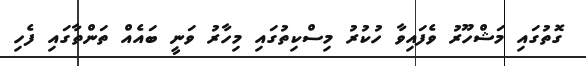
ގޮތުގައި މަޝްހޫރު ވެފައިވާ ހުކުރު މިސްކިތުގައި މިހާރު ވަނީ ބައެއް ތަންތާގައި ފެހި